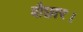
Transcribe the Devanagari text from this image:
बौछार।